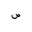
Letter: _sad